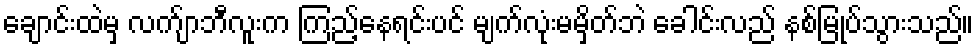
ချောင်းထဲမှ လက်ျာဘီလူးက ကြည့်နေရင်းပင် မျက်လုံးမမှိတ်ဘဲ ခေါင်းလည် နစ်မြုပ်သွားသည်။